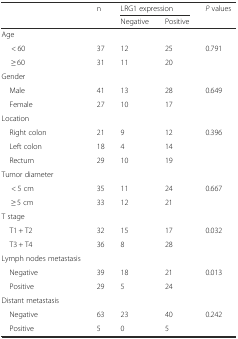
<table><thead><tr><td rowspan="2"></td><td rowspan="2"><b>n</b></td><td colspan="2"><b>LRG1 expression</b></td><td rowspan="2"><b><i>P</i> values</b></td></tr><tr><td><b>Negative</b></td><td><b>Positive</b></td></tr></thead><tbody><tr><td>Age</td><td></td><td></td><td></td><td></td></tr><tr><td>&lt; 60</td><td>37</td><td>12</td><td>25</td><td>0.791</td></tr><tr><td>≥ 60</td><td>31</td><td>11</td><td>20</td><td></td></tr><tr><td>Gender</td><td></td><td></td><td></td><td></td></tr><tr><td> Male</td><td>41</td><td>13</td><td>28</td><td>0.649</td></tr><tr><td> Female</td><td>27</td><td>10</td><td>17</td><td></td></tr><tr><td>Location</td><td></td><td></td><td></td><td></td></tr><tr><td> Right colon</td><td>21</td><td>9</td><td>12</td><td>0.396</td></tr><tr><td> Left colon</td><td>18</td><td>4</td><td>14</td><td></td></tr><tr><td> Rectum</td><td>29</td><td>10</td><td>19</td><td></td></tr><tr><td>Tumor diameter</td><td></td><td></td><td></td><td></td></tr><tr><td>&lt; 5 cm</td><td>35</td><td>11</td><td>24</td><td>0.667</td></tr><tr><td>≥ 5 cm</td><td>33</td><td>12</td><td>21</td><td></td></tr><tr><td>T stage</td><td></td><td></td><td></td><td></td></tr><tr><td> T1 + T2</td><td>32</td><td>15</td><td>17</td><td>0.032</td></tr><tr><td> T3 + T4</td><td>36</td><td>8</td><td>28</td><td></td></tr><tr><td>Lymph nodes metastasis</td><td></td><td></td><td></td><td></td></tr><tr><td> Negative</td><td>39</td><td>18</td><td>21</td><td>0.013</td></tr><tr><td> Positive</td><td>29</td><td>5</td><td>24</td><td></td></tr><tr><td>Distant metastasis</td><td></td><td></td><td></td><td></td></tr><tr><td> Negative</td><td>63</td><td>23</td><td>40</td><td>0.242</td></tr><tr><td> Positive</td><td>5</td><td>0</td><td>5</td><td></td></tr></tbody></table>